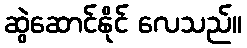
ဆွဲဆောင်နိုင် လေသည်။